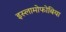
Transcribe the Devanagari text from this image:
इस्लामोफोबिया